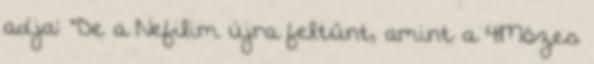
adja: "De a Nefilim újra feltűnt, amint a 4Mózes